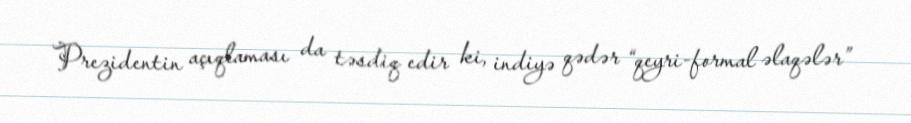
Prezidentin açıqlaması da təsdiq edir ki, indiyə qədər “qeyri-formal əlaqələr”